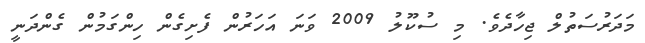
މަދަރުސަތުލް ޖިހާދެވެ. މި ސުކޫލު 2009 ވަނަ އަހަރުން ފެށިގެން ހިންގަމުން ގެންދަނީ